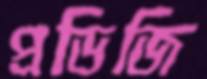
প্রডিজি